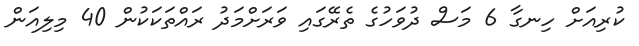
ކުރިއަށް ހިނގާ 6 މަސް ދުވަހުގެ ތެރޭގައި ވަރަށްމަދު ރައްތަކަކުން 40 މިލިއަން